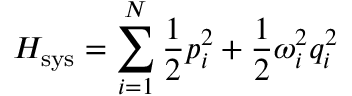
H _ { \mathrm { s y s } } = \sum _ { i = 1 } ^ { N } { \frac { 1 } { 2 } } p _ { i } ^ { 2 } + { \frac { 1 } { 2 } } \omega _ { i } ^ { 2 } q _ { i } ^ { 2 }